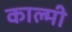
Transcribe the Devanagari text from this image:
काल्मी